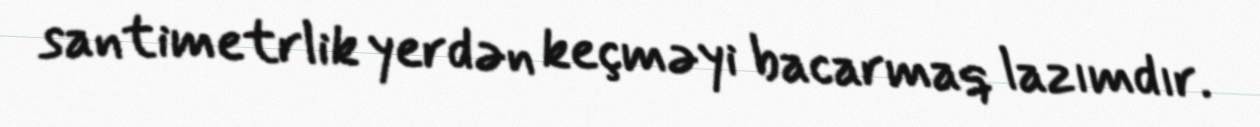
santimetrlik yerdən keçməyi bacarmaq lazımdır.